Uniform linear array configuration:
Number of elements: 32
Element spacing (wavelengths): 0.5
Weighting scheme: cosine
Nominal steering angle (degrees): -45
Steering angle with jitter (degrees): -46.897
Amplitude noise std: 0.05
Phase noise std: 0.05

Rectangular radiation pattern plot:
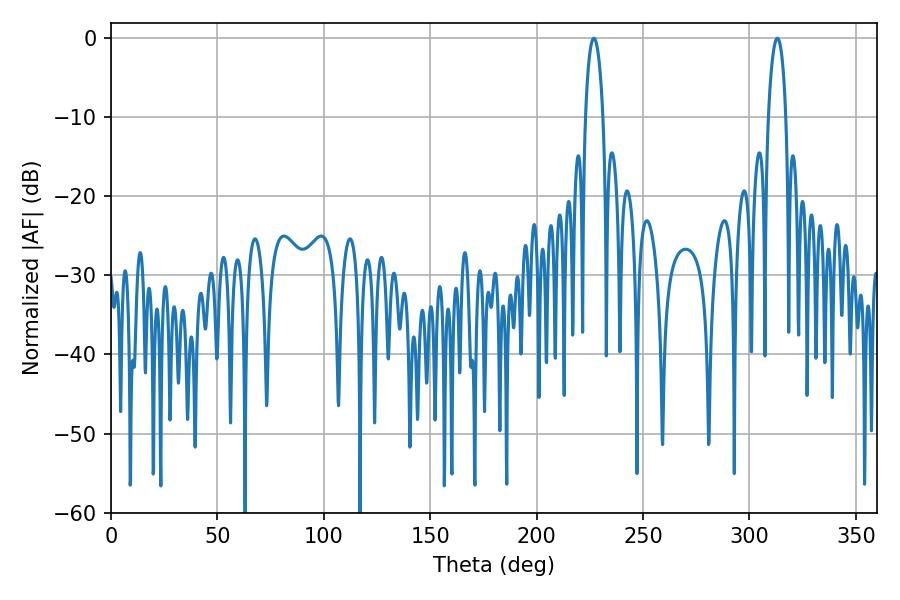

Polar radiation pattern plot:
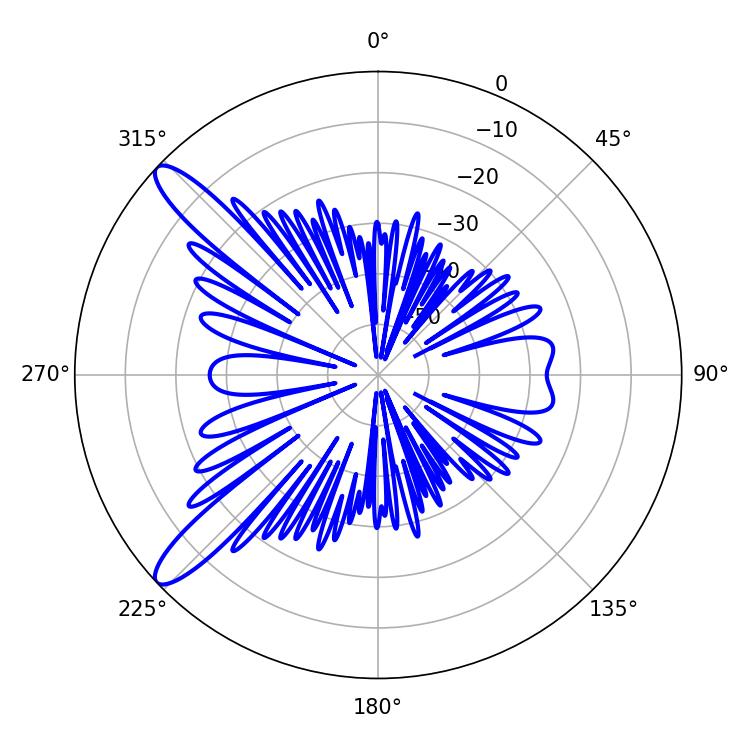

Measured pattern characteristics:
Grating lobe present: FALSE
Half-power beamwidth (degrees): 4.68
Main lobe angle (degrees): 226.8